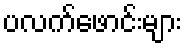
ပလက်ဖောင်းများ